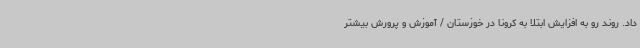
داد. روند رو به افزایش ابتلا به کرونا در خوزستان / آموزش و پرورش بیشتر